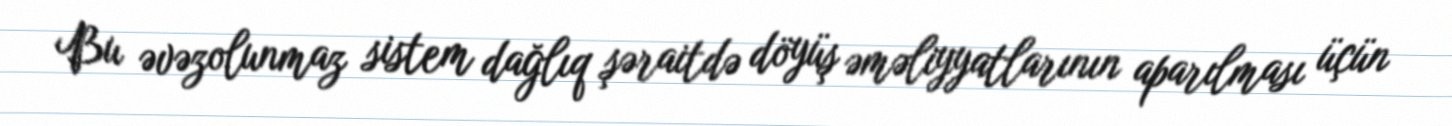
Bu əvəzolunmaz sistem dağlıq şəraitdə döyüş əməliyyatlarının aparılması üçün